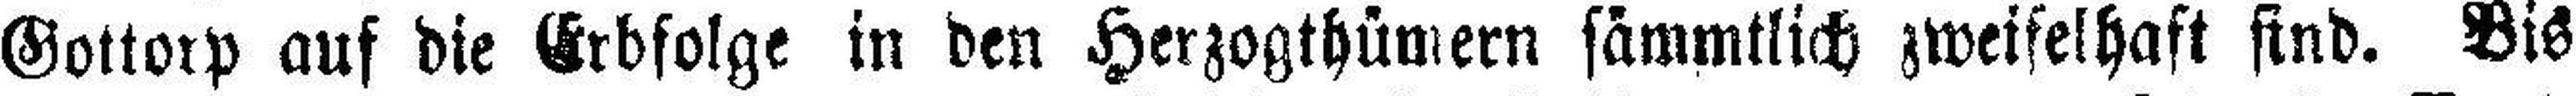
Gottorp auf die Erbfolge in den Herzogthümern sämmtlich zweifelhaft sind. Bis